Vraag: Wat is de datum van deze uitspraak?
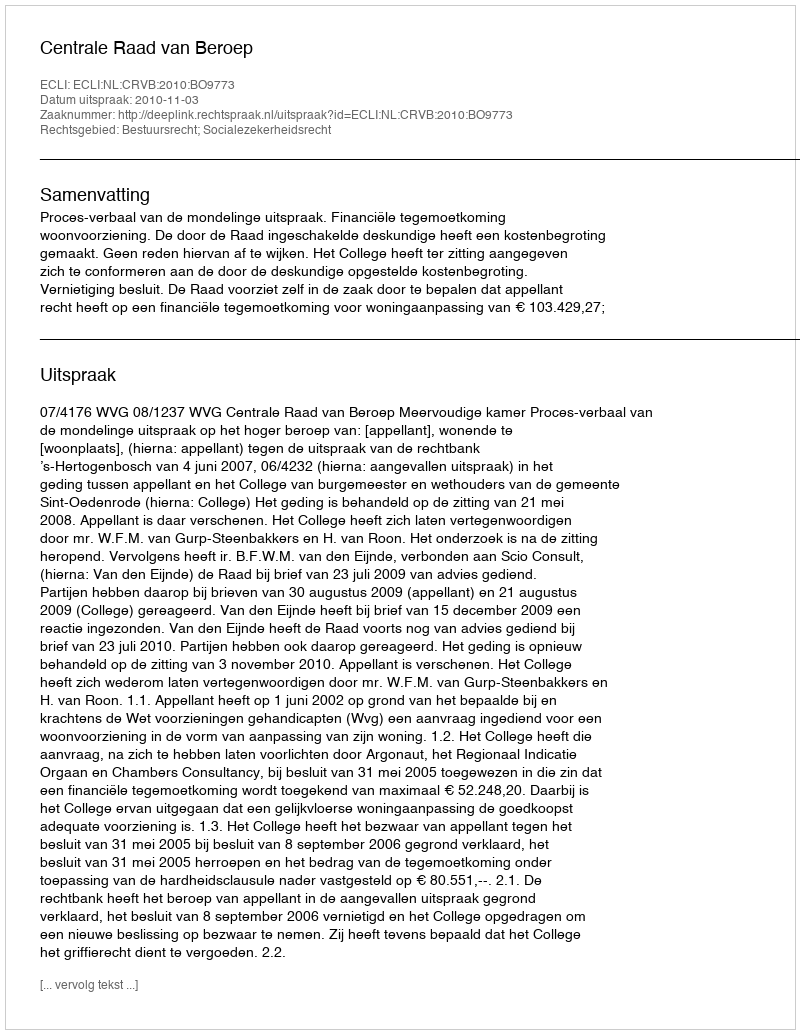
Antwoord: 2010-11-03